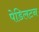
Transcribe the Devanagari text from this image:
पेडिलटन